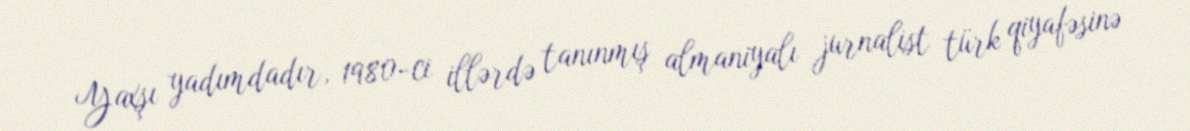
Yaxşı yadımdadır, 1980-ci illərdə tanınmış almaniyalı jurnalist türk qiyafəsinə